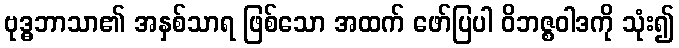
ဗုဒ္ဓဘာသာ၏ အနှစ်သာရ ဖြစ်သော အထက် ဖော်ပြပါ ဝိဘဇ္စဝါဒကို သုံး၍